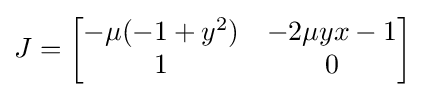
J={\begin{bmatrix}-\mu (-1+y^{2})&-2\mu yx-1\\1&0\end{bmatrix}}